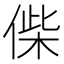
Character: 偨